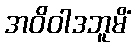
အဝိဝါဒဘူမိံ